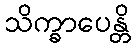
သိက္ခာပေန္တိ